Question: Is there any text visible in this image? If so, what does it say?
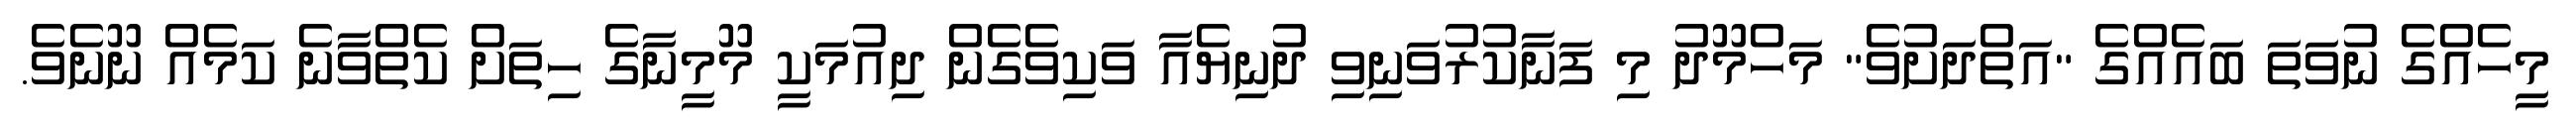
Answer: މީހެއްގެ ނުވަތަ ބައެއްގެ "އަތްދަށުވެ" މަހްމޫދު މި ފަނާކުރުވަނިވި ދުނިޔެއާ ވަކިވެގެން ދިއުމަކީ މޫމީނާގެ ހިތަށް ކެތްވާނެ ކަމެއް ނޫނެވެ.